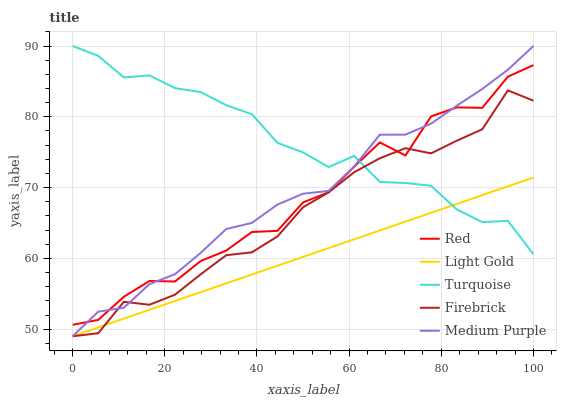
| xaxis_label | Red | Light Gold | Turquoise | Firebrick | Medium Purple |
 | --- | --- | --- | --- | --- | --- |
 | 0 | 50.6 | 49 | 90 | 49 | 49 |
 | 5.56 | 51.3 | 50.2 | 88.6 | 49.4 | 52.5 |
 | 11.1 | 54.6 | 51.5 | 85.6 | 53.9 | 53 |
 | 16.7 | 56.8 | 52.7 | 85.9 | 53.4 | 56.4 |
 | 22.2 | 56.7 | 54 | 84 | 54.9 | 57.8 |
 | 27.8 | 59.6 | 55.2 | 83.5 | 57.7 | 60.8 |
 | 33.3 | 61.1 | 56.5 | 81.6 | 60.4 | 64.1 |
 | 38.9 | 63.7 | 57.7 | 80.4 | 60.9 | 65 |
 | 44.4 | 63.9 | 59 | 76.3 | 63.1 | 67.6 |
 | 50 | 67.9 | 60.2 | 75 | 67.2 | 69.1 |
 | 55.6 | 69.3 | 61.5 | 72.9 | 69.3 | 69.5 |
 | 61.1 | 73 | 62.7 | 74.5 | 72.2 | 73 |
 | 66.7 | 76.4 | 63.9 | 70.8 | 74.1 | 77.5 |
 | 72.2 | 74.5 | 65.2 | 70.6 | 75.6 | 77.5 |
 | 77.8 | 80.1 | 66.4 | 70.3 | 74.8 | 79 |
 | 83.3 | 81.3 | 67.7 | 66.9 | 76.6 | 81.6 |
 | 88.9 | 81.3 | 68.9 | 65.1 | 78.2 | 83.9 |
 | 94.4 | 85.7 | 70.2 | 65.3 | 83.7 | 86.6 |
 | 100 | 87.3 | 71.4 | 60.6 | 82.3 | 90 |